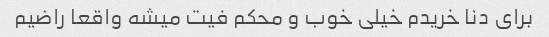
برای دنا خریدم خیلی خوب و محکم فیت میشه واقعا راضیم